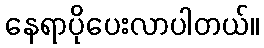
နေရာပိုပေးလာပါတယ်။